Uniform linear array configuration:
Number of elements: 8
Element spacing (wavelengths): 0.5
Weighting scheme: exponential
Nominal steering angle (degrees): -45
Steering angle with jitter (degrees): -46.892
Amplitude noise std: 0.05
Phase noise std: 0.05

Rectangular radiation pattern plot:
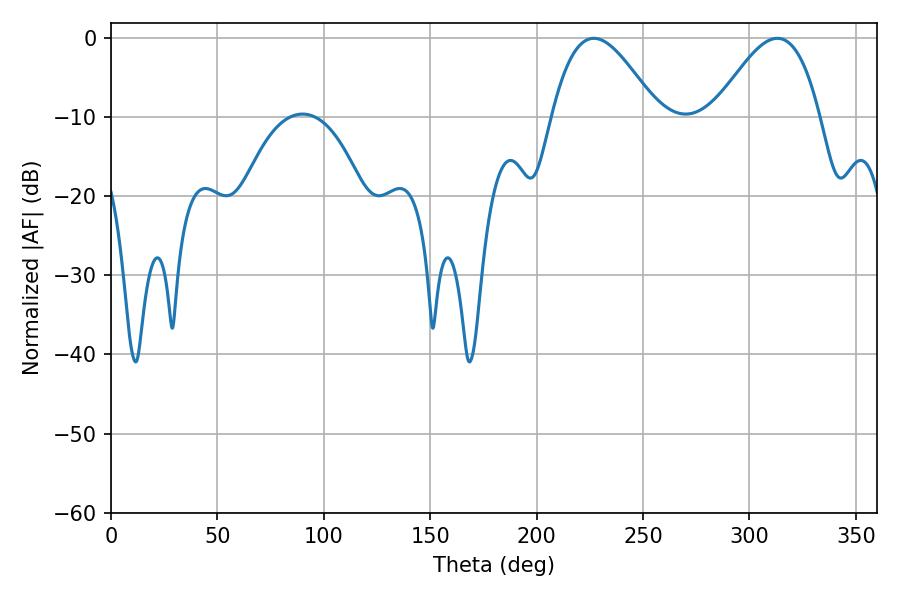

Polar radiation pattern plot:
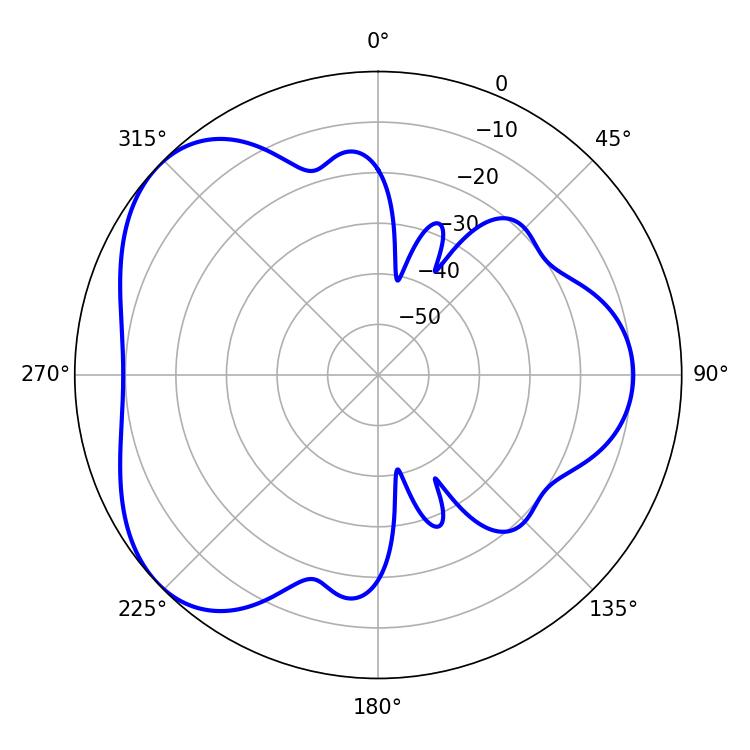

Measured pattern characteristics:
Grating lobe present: FALSE
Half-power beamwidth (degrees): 26.64
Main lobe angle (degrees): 226.8